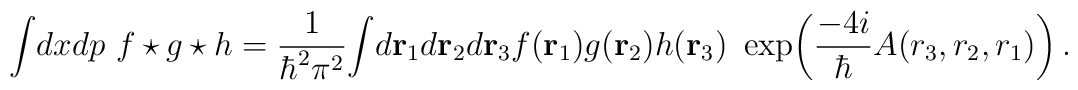
\int \! dxdp~ f\star g \star h={1\over \hbar ^2 \pi^2}\! \int \! d{\bf r}_1 d{\bf r}_2 d{\bf r}_3 f({\bf r}_1) g({\bf r}_2) h({\bf r}_3) ~\exp\! \left({-4i\over \hbar} A(r_3 , r_2,r_1 ) \right) .